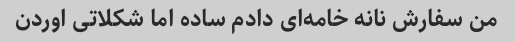
من سفارش نانه خامه‌ای دادم ساده اما شکلاتی اوردن